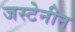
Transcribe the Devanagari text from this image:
जस्टेनीन